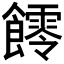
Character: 𩟃